Mental hospitals Bombay report 1921-28 - 1921-1928
Year: 1921
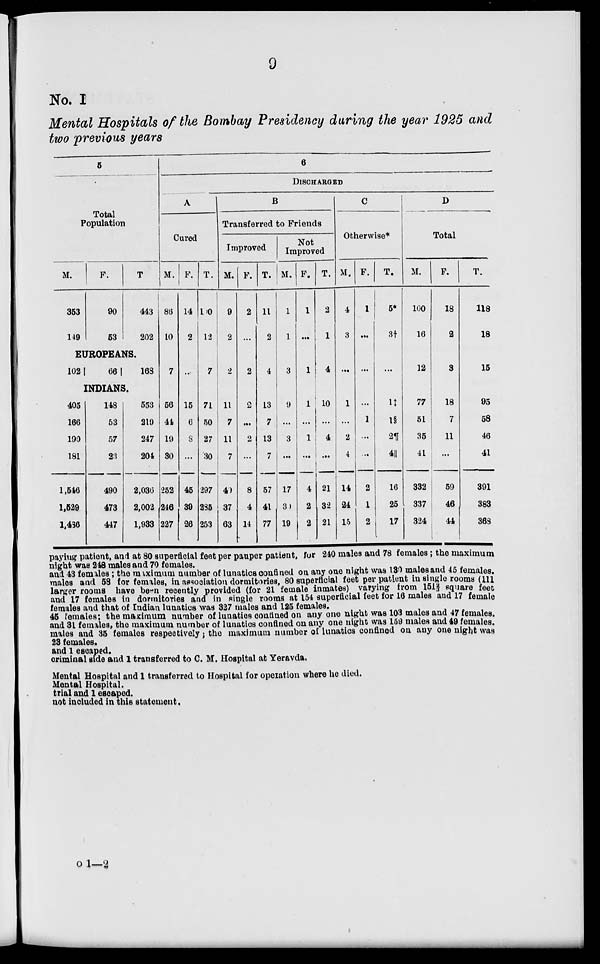
9
No. I
Mental Hospitals of the Bombay Presidency during the year 1925 and
two previous years
5
Total
Population
M.
353
149
F.
90
53
T.
443
202
EUROPEANS.
102
66
168
INDIANS.
405
166
190
181
1,546
1,529
1,486
148
53
57
23
490
473
447
553
219
247
204
2,036
2,002
1,933
6
DISCHARGED
A
Cured
M.
86
10
7
56
44
19
30
252
246
227
F.
14
2
..
15
6
8
...
45
39
26
T.
100
12
7
71
50
27
30
297
285
253
B
Transferred to Friends
Improved
M.
9
2
2
11
7
11
7
49
37
63
F.
2
...
2
2
...
2
...
8
4
14
T.
11
2
4
13
7
13
7
57
41
77
Not
Improved
M.
1
1
3
9
...
3
...
17
30
19
F.
1
...
1
1
...
1
...
4
2
2
T.
2
1
4
10
...
4
...
21
32
21
C
Otherwise*
M.
4
3
...
1
...
2
4
14
24
15
F.
1
...
...
...
1
...
...
2
1
2
T.
5*
3†
...
1‡
1§
2¶
4||
16
25
17
D
Total
M.
100
16
12
77
51
35
41
332
337
324
F.
18
2
3
18
7
11
...
59
46
44
T.
118
18
15
95
58
46
41
391
383
368
paying patient, and at 80 superficial feet per pauper patient, for 240 males and 78 females ; the maximum
night was 248 males and 70 females.
and 43 females ; the maximum number of lunatics confined on any one night was 130 males and 45 females.
males and 58 for females, in association dormitories, 80 superficial feet per patient in single rooms (111
larger rooms have been recently provided (for 21 female inmates) varying from 151⅔ square feet
and 17 females in dormitories and in single rooms at 154 superficial feet for 16 males and 17 female
females and that of Indian lunatics was 327 males and 125 females.
45 females; the maximum number of lunatics confined on any one night was 103 males and 47 females.
and 31 females, the maximum number of lunatics confined on any one night was 159 males and 49 females.
males and 35 females respectively ; the maximum number of lunatics confined on any one night was
23 females.
and 1 escaped.
criminal side and 1 transferred to C. M. Hospital at Yeravda.
Mental Hospital and 1 transferred to Hospital for operation where he died.
Mental Hospital.
trial and 1 escaped.
not included in this statement.
o 1—2